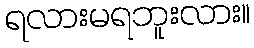
ရလားမရဘူးလား။